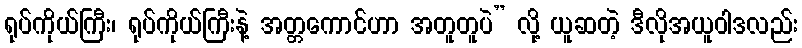
ရုပ်ကိုယ်ကြီး၊ ရုပ်ကိုယ်ကြီးနဲ့ အတ္တကောင်ဟာ အတူတူပဲ” လို့ ယူဆတဲ့ ဒီလိုအယူဝါဒလည်း